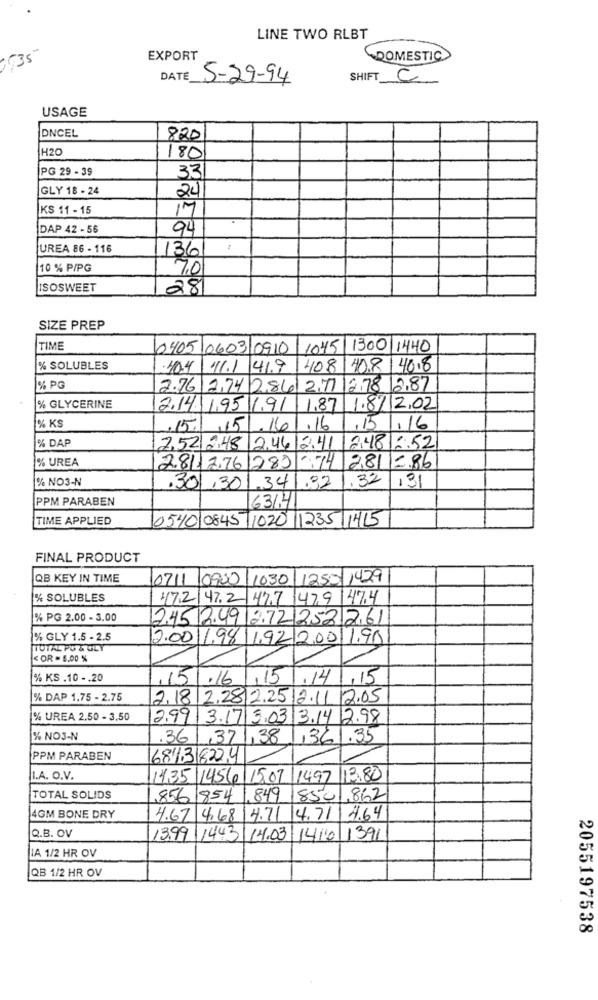
LINE TWO RLBT
35
EXPORT
DOMESTIC
DATE
5-29-94
SHIFT C
USAGE
DNCEL
820
H20
180
PG 29 - 39
33
GLY 18 - 24
24
KS 11 - 15
17
DAP 42 - 56
94
UREA 86 - 116
136
10 % P/PG
7.0
ISOSWEET
281
SIZE PREP
TIME
0405 0603 0910 1045 1300 1440
% SOLUBLES
40.4
11.1
41.9 408
40.8 40.8
% PG
2.76 2,74 286 2.77 2,78 2.87
% GLYCERINE
2.14 1,95 1.91 1,87 1.87 202
% KS
,15/
. 16
.16
,15
.16
% DAP
2,52 2:48 2,46/2.41
2481 -. 52
% UREA
2.811 2.76
1280
281
2.86
% NO3-N
.32
32
131
.301,30
34
PPM PARABEN
6314
TIME APPLIED
0540 0845 1020 1235 1415
FINAL PRODUCT
QB KEY IN TIME
0711 0900 1030 1250 1429
% SOLUBLES
17.2 47.2 47.7 47.9 47.4
% PG 2.00 - 3.00
245 249 2.72 252261
% GLY 1.5 - 2.5
2.00 1.98 1.92 2.0011.99
TOTAL PO & GLY
< OR = 5.00 %
% KS .10 -. 20
1151.16
,15
114/1,15
% DAP 1.75 - 2.75
2.18 2.28 2.25.12.11 2.05
% UREA 2.50 - 3.50
2.99 3.17 3.03 3.14 2.98
% NO3-N
.36
,371,38
1361.35
PPM PARABEN
6813 8224
LA. O.V.
14,35 1456 1507 1497 12 80
TOTAL SOLIDS
1.856/854 1. 849
8501,862
4GM BONE DRY
4.67 4,68
4.71
4.71 4.64
Q.B. OV
13.99 1443 14.03 1416 1391
LA 1/2 HR OV
QB 1/2 HR OV
2055197538